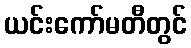
ယင်းကော်မတီတွင်